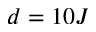
d = 1 0 J